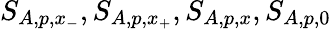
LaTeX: S_{A,p,x_{-}},S_{A,p,x_{+}},S_{A,p,x},S_{A,p,0}